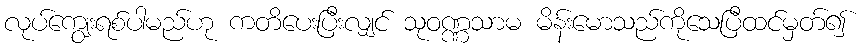
လုပ်ကျွေးရစ်ပါမည်ဟု ကတိပေးပြီးလျှင် သုဝဏ္ဏသာမ မိန်းမောသည်ကိုသေပြီထင်မှတ်၍